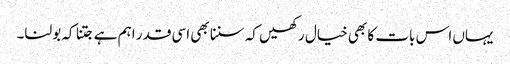
یہاں اس بات کا بھی خیال رکھیں کہ سننا بھی اسی قدر اہم ہے جتنا کہ بولنا۔